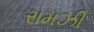
રામઝી